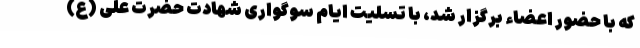
که با حضور اعضاء برگزار شد، با تسلیت ایام سوگواری شهادت حضرت علی (ع)